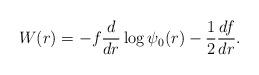
LaTeX: \begin{align*} W(r) = - f \frac{d}{dr} \log \psi_0(r) - \frac{1}{2} \frac{df}{dr}.\end{align*}